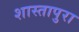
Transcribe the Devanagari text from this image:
शास्तापुरा